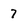
Character: 7